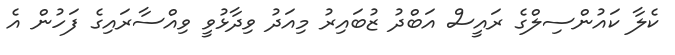
ކެލާ ކައުންސިލްގެ ރައީސް އަބްދު ޒުބައިރު މިއަދު ވިދާޅުވީ ވިއްސާރައިގެ ފަހުން އެ